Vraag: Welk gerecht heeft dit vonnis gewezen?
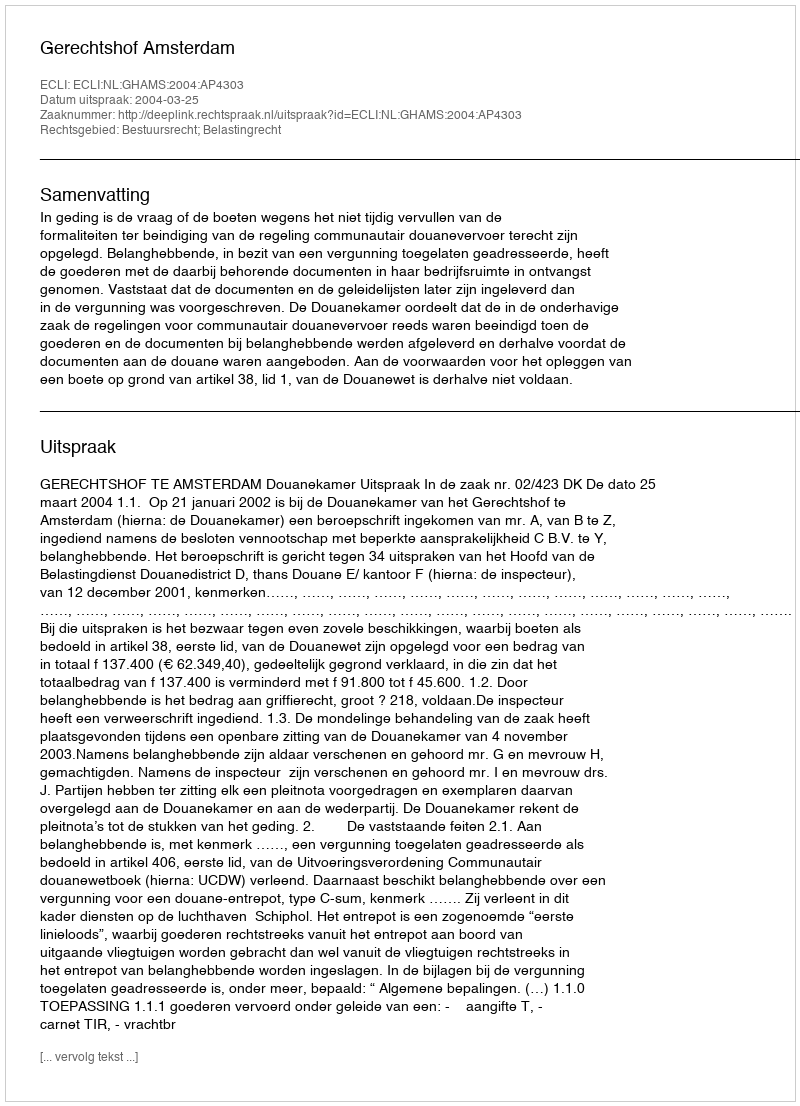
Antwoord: Gerechtshof Amsterdam